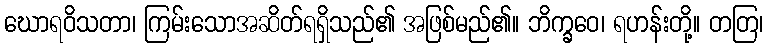
ဃောရဝိသတာ၊ ကြမ်းသောအဆိတ်ရရှိသည်၏ အဖြစ်မည်၏။ ဘိက္ခဝေ၊ ရဟန်းတို့။ တတြ၊